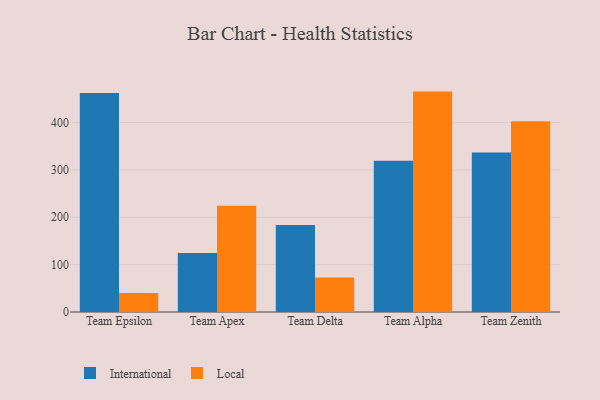
{"axis": {"x": "Team", "y": "Backlog"}, "legend": ["International", "Local"], "data": [{"x": "Team Epsilon", "y": 462.0, "type": "International"}, {"x": "Team Epsilon", "y": 40.2, "type": "Local"}, {"x": "Team Apex", "y": 124.4, "type": "International"}, {"x": "Team Apex", "y": 224.0, "type": "Local"}, {"x": "Team Delta", "y": 183.4, "type": "International"}, {"x": "Team Delta", "y": 72.6, "type": "Local"}, {"x": "Team Alpha", "y": 319.3, "type": "International"}, {"x": "Team Alpha", "y": 465.1, "type": "Local"}, {"x": "Team Zenith", "y": 336.8, "type": "International"}, {"x": "Team Zenith", "y": 402.5, "type": "Local"}]}